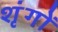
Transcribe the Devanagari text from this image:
शृंगों